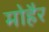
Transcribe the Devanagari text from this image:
मोहैर